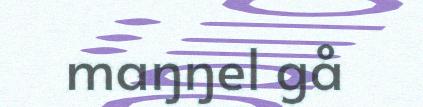
maŋŋel gå